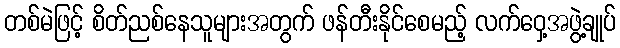
တစ်မဲဖြင့် စိတ်ညစ်နေသူများအတွက် ဖန်တီးနိုင်စေမည့် လက်ဝှေ့အဖွဲ့ချုပ်